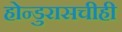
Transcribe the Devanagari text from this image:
होन्डुरासचीही